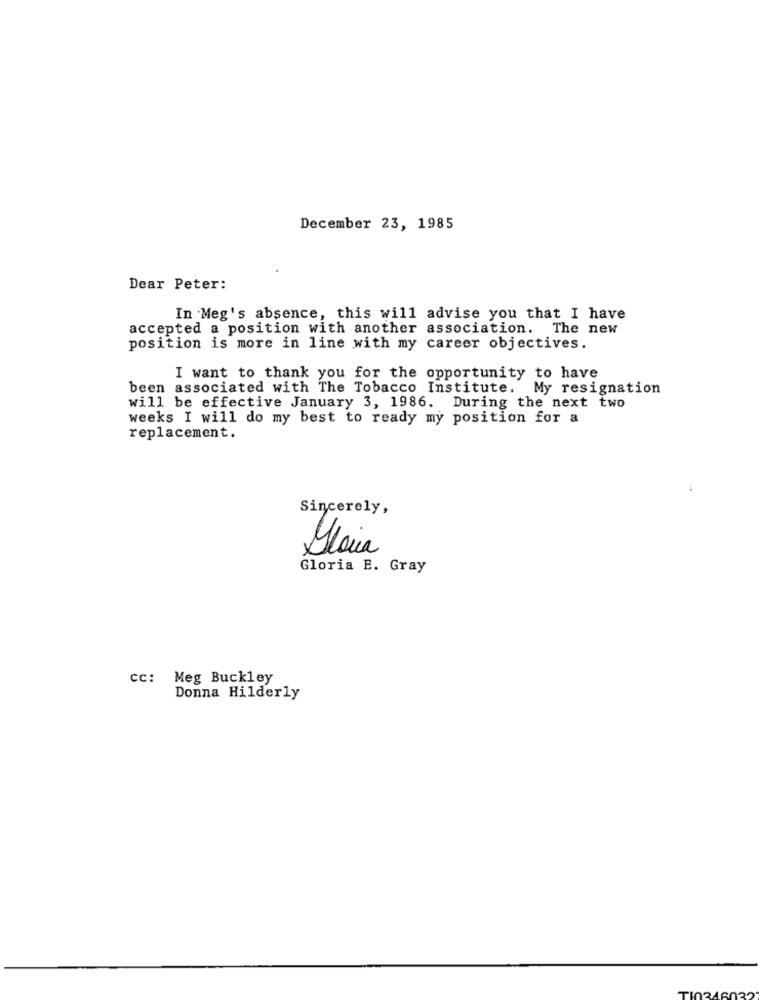
December 23, 1985
Dear Peter:
In Meg's absence, this will advise you that I have
accepted a position with another association. The new
position is more in line with my career objectives.
I want to thank you for the opportunity to have
been associated with The Tobacco Institute. My resignation
will be effective January 3, 1986. During the next two
weeks I will do my best to ready my position for a
replacement.
Sincerely,
Gloria
Gloria E. Gray
cc: Meg Buckley
Donna Hilderly